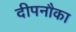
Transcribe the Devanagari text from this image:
दीपनौका